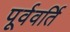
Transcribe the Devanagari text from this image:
पूर्ववर्ति